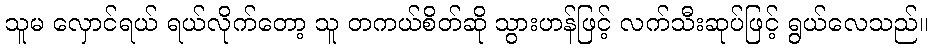
သူမ လှောင်ရယ် ရယ်လိုက်တော့ သူ တကယ်စိတ်ဆို သွားဟန်ဖြင့် လက်သီးဆုပ်ဖြင့် ရွယ်လေသည်။